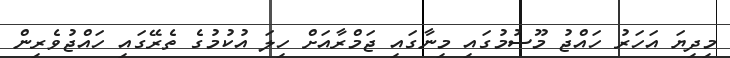
މިދިޔަ އަހަރު ހައްޖު މޫސުމުގައި މިނާގައި ޖަމްރާއަށް ހިލަ އުކުމުގެ ތެރޭގައި ހައްޖުވެރިން